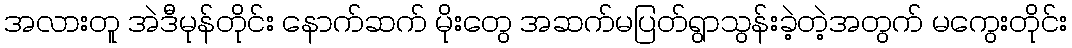
အလားတူ အဲဒီမုန်တိုင်း နောက်ဆက် မိုးတွေ အဆက်မပြတ်ရွာသွန်းခဲ့တဲ့အတွက် မကွေးတိုင်း